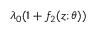
\lambda _ { 0 } ( 1 + f _ { 2 } ( z ; \theta ) )